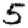
Digit: 5